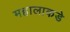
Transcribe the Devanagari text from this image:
महालाकडे